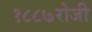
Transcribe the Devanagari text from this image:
१८८७रोजी